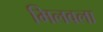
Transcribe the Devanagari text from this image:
मिलवला